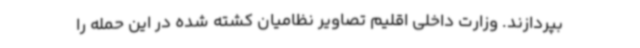
بپردازند. وزارت داخلی اقلیم تصاویر نظامیان کشته شده در این حمله را